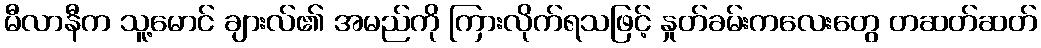
မီလာနီက သူ့မောင် ချားလ်၏ အမည်ကို ကြားလိုက်ရသဖြင့် နှုတ်ခမ်းကလေးတွေ တဆတ်ဆတ်